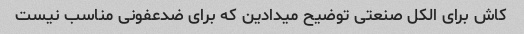
کاش برای الکل صنعتی توضیح میدادین که برای ضدعفونی مناسب نیست